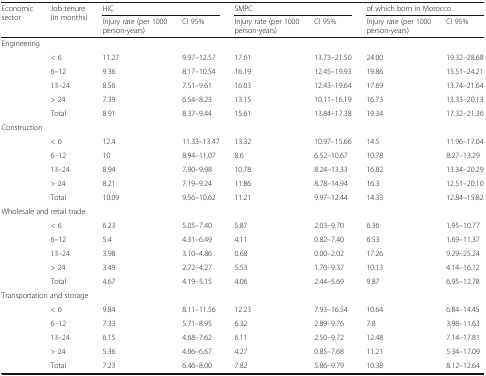
<table><thead><tr><td rowspan="2"><b>Economic sector</b></td><td rowspan="2"><b>Job tenure (in months)</b></td><td colspan="2"><b>HIC</b></td><td colspan="2"><b>SMPC</b></td><td colspan="2"><b>of which born in Morocco</b></td></tr><tr><td><b>Injury rate (per 1000 person-years)</b></td><td><b>CI 95%</b></td><td><b>Injury rate (per 1000 person-years)</b></td><td><b>CI 95%</b></td><td><b>Injury rate (per 1000 person-years)</b></td><td><b>CI 95%</b></td></tr></thead><tbody><tr><td colspan="8">Engineering</td></tr><tr><td rowspan="5"></td><td>&lt; 6</td><td>11.27</td><td>9.97–12.57</td><td>17.61</td><td>13.73–21.50</td><td>24.00</td><td>19.32–28.68</td></tr><tr><td>6–12</td><td>9.36</td><td>8.17–10.54</td><td>16.19</td><td>12.45–19.93</td><td>19.86</td><td>15.51–24.21</td></tr><tr><td>13–24</td><td>8.56</td><td>7.51–9.61</td><td>16.03</td><td>12.43–19.64</td><td>17.69</td><td>13.74–21.64</td></tr><tr><td>&gt; 24</td><td>7.39</td><td>6.54–8.23</td><td>13.15</td><td>10.11–16.19</td><td>16.73</td><td>13.33–20.13</td></tr><tr><td>Total</td><td>8.91</td><td>8.37–9.44</td><td>15.61</td><td>13.84–17.38</td><td>19.34</td><td>17.32–21.36</td></tr><tr><td colspan="8">Construction</td></tr><tr><td rowspan="5"></td><td>&lt; 6</td><td>12.4</td><td>11.33–13.47</td><td>13.32</td><td>10.97–15.66</td><td>14.5</td><td>11.96–17.04</td></tr><tr><td>6–12</td><td>10</td><td>8.94–11.07</td><td>8.6</td><td>6.52–10.67</td><td>10.78</td><td>8.27–13.29</td></tr><tr><td>13–24</td><td>8.94</td><td>7.90–9.98</td><td>10.78</td><td>8.24–13.33</td><td>16.82</td><td>13.34–20.29</td></tr><tr><td>&gt; 24</td><td>8.21</td><td>7.19–9.24</td><td>11.86</td><td>8.78–14.94</td><td>16.3</td><td>12.51–20.10</td></tr><tr><td>Total</td><td>10.09</td><td>9.56–10.62</td><td>11.21</td><td>9.97–12.44</td><td>14.33</td><td>12.84–15.82</td></tr><tr><td colspan="8">Wholesale and retail trade</td></tr><tr><td rowspan="5"></td><td>&lt; 6</td><td>6.23</td><td>5.05–7.40</td><td>5.87</td><td>2.03–9.70</td><td>6.36</td><td>1.95–10.77</td></tr><tr><td>6–12</td><td>5.4</td><td>4.31–6.49</td><td>4.11</td><td>0.82–7.40</td><td>6.53</td><td>1.69–11.37</td></tr><tr><td>13–24</td><td>3.98</td><td>3.10–4.86</td><td>0.68</td><td>0.00–2.02</td><td>17.26</td><td>9.29–25.24</td></tr><tr><td>&gt; 24</td><td>3.49</td><td>2.72–4.27</td><td>5.53</td><td>1.70–9.37</td><td>10.13</td><td>4.14–16.12</td></tr><tr><td>Total</td><td>4.67</td><td>4.19–5.15</td><td>4.06</td><td>2.44–5.69</td><td>9.87</td><td>6.95–12.78</td></tr><tr><td colspan="8">Transportation and storage</td></tr><tr><td rowspan="5"></td><td>&lt; 6</td><td>9.84</td><td>8.11–11.56</td><td>12.23</td><td>7.93–16.54</td><td>10.64</td><td>6.84–14.45</td></tr><tr><td>6–12</td><td>7.33</td><td>5.71–8.95</td><td>6.32</td><td>2.89–9.76</td><td>7.8</td><td>3.98–11.63</td></tr><tr><td>13–24</td><td>6.15</td><td>4.68–7.62</td><td>6.11</td><td>2.50–9.72</td><td>12.48</td><td>7.14–17.81</td></tr><tr><td>&gt; 24</td><td>5.36</td><td>4.06–6.67</td><td>4.27</td><td>0.85–7.68</td><td>11.21</td><td>5.34–17.09</td></tr><tr><td>Total</td><td>7.23</td><td>6.46–8.00</td><td>7.82</td><td>5.86–9.79</td><td>10.38</td><td>8.12–12.64</td></tr></tbody></table>